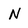
Character: N